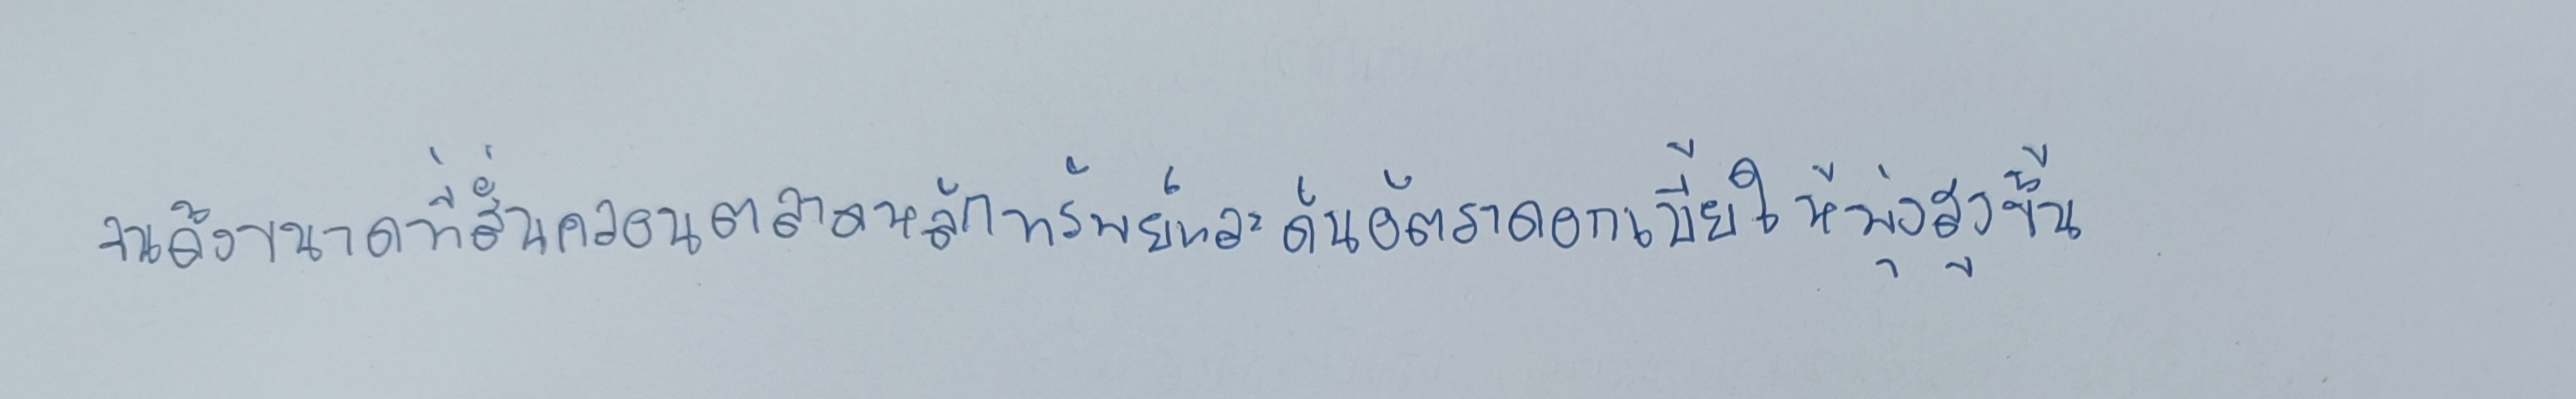
จนถึงขนาดที่สั่นคลอนตลาดหลักทรัพย์และดันอัตราดอกเบี้ยให้พุ่งสูงขึ้น